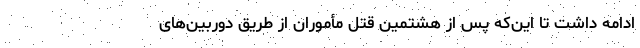
ادامه داشت تا این‌که پس از هشتمین قتل مأموران از طریق دوربین‌های